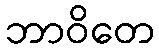
ဘာဝိတေ